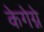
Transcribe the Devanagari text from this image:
केगेग्ने